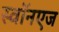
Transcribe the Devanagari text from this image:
स्वॉनएज